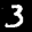
Label: 3